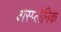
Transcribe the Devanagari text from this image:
अस्प्लेनिक